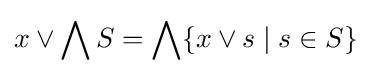
x\vee \bigwedge S=\bigwedge \{x\vee s\mid s\in S\}